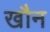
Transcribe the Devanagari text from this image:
खौन